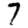
Digit: 7